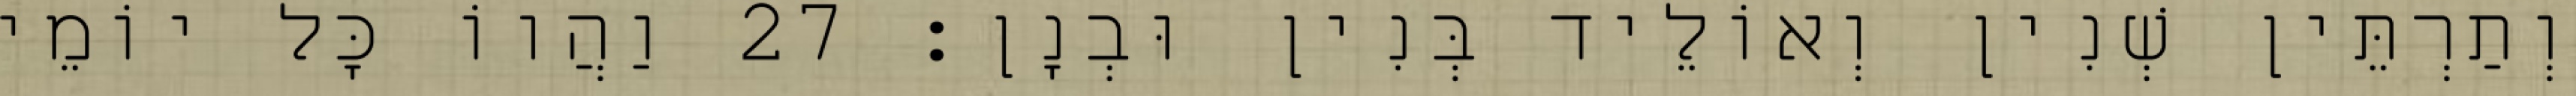
וְתַרְתֵּין שְׁנִין וְאוֹלֵיד בְּנִין וּבְנָן׃ 27 וַהֲווֹ כָּל יוֹמֵי